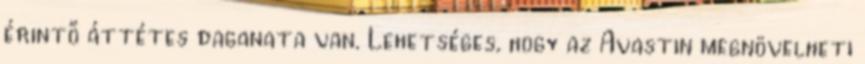
érintő áttétes daganata van. Lehetséges, hogy az Avastin megnövelheti